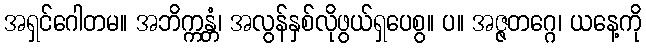
အရှင်ဂေါတမ။ အဘိက္ကန္တံ၊ အလွန်နှစ်လိုဖွယ်ရှပေစွ။ ပ။ အဇ္ဇတဂ္ဂေ၊ ယနေ့ကို